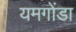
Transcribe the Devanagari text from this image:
यमगोंडा